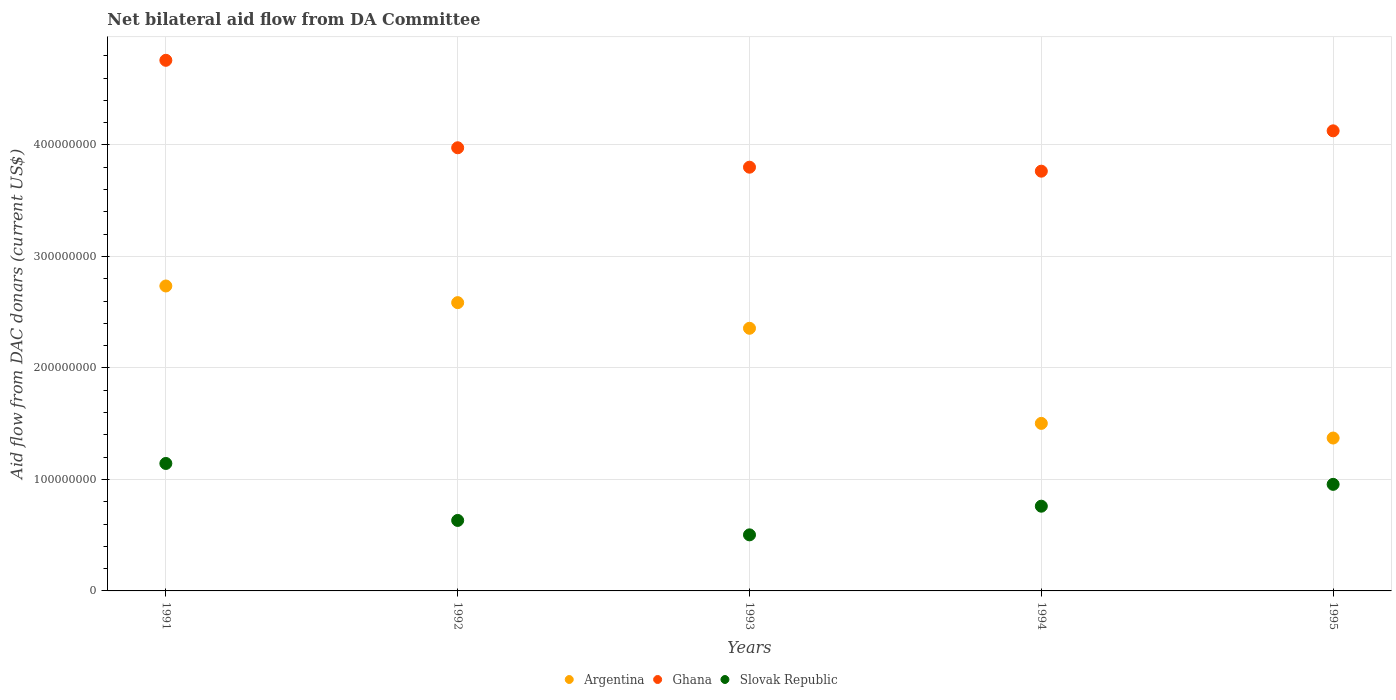
| Years | Argentina | Ghana | Slovak Republic |
 | --- | --- | --- | --- |
 | 1991 | 2.74e+08 | 4.76e+08 | 1.14e+08 |
 | 1992 | 2.59e+08 | 3.97e+08 | 6.32e+07 |
 | 1993 | 2.36e+08 | 3.8e+08 | 5.03e+07 |
 | 1994 | 1.5e+08 | 3.76e+08 | 7.6e+07 |
 | 1995 | 1.37e+08 | 4.13e+08 | 9.56e+07 |